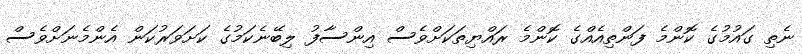
ނެތި ގައުމުގެ ކޮންމެ ފަންތިއެއްގެ ކޮންމެ ރައްޔިތަކަށްވެސް އިންސާފު ލިބޭނެކަމުގެ ކަށަވަރުކަން އެންމެނަށްވެސް